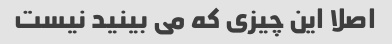
اصلا این چیزی که می بینید نیست